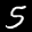
Label: 5